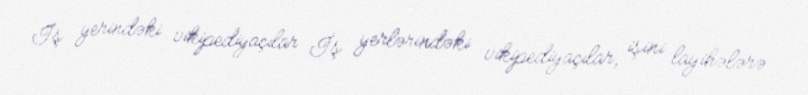
İş yerindəki vikipediyaçılar İş yerlərindəki vikipediyaçılar, işini layihələrə